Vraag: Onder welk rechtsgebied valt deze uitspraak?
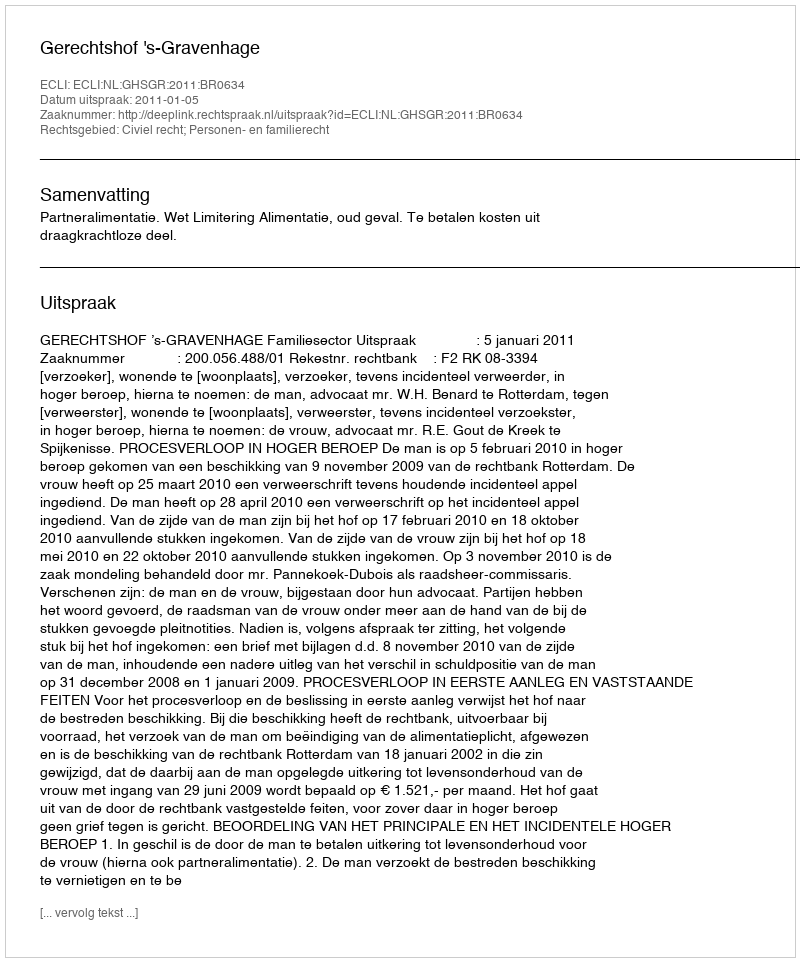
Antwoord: Civiel recht; Personen- en familierecht